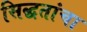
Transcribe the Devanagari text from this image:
सिद्धतांचा